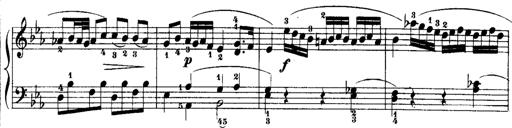
Title: Rondos and Sonatinas for Pianoforte
Composer: Daniel Steibelt